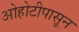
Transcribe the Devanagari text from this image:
ओहोटीपासून